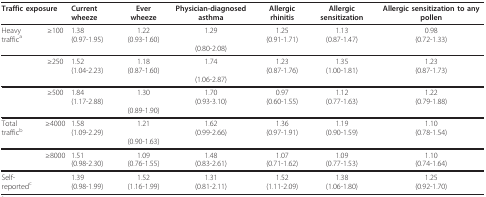
<table><thead><tr><td colspan="2"><b>Traffic exposure</b></td><td><b>Current wheeze</b></td><td><b>Ever wheeze</b></td><td><b>Physician-diagnosed asthma</b></td><td><b>Allergic rhinitis</b></td><td><b>Allergic sensitization</b></td><td><b>Allergic sensitization to any pollen</b></td></tr></thead><tbody><tr><td>Heavy traffic<sup>a</sup></td><td>≥100</td><td>1.38 (0.97-1.95)</td><td>1.22 (0.93-1.60)</td><td>1.29 (0.80-2.08)</td><td>1.25 (0.91-1.71)</td><td>1.13 (0.87-1.47)</td><td>0.98 (0.72-1.33)</td></tr><tr><td>[EMPTY_CELL]</td><td>≥250</td><td>1.52 (1.04-2.23)</td><td>1.18 (0.87-1.60)</td><td>1.74 (1.06-2.87)</td><td>1.23 (0.87-1.76)</td><td>1.35 (1.00-1.81)</td><td>1.23 (0.87-1.73)</td></tr><tr><td>[EMPTY_CELL]</td><td>≥500</td><td>1.84 (1.17-2.88)</td><td>1.30 (0.89-1.90)</td><td>1.70 (0.93-3.10)</td><td>0.97 (0.60-1.55)</td><td>1.12 (0.77-1.63)</td><td>1.22 (0.79-1.88)</td></tr><tr><td>Total traffic<sup>b</sup></td><td>≥4000</td><td>1.58 (1.09-2.29)</td><td>1.21 (0.90-1.63)</td><td>1.62 (0.99-2.66)</td><td>1.36 (0.97-1.91)</td><td>1.19 (0.90-1.59)</td><td>1.10 (0.78-1.54)</td></tr><tr><td>[EMPTY_CELL]</td><td>≥8000</td><td>1.51 (0.98-2.30)</td><td>1.09 (0.76-1.55)</td><td>1.48 (0.83-2.61)</td><td>1.07 (0.71-1.62)</td><td>1.09 (0.77-1.53)</td><td>1.10 (0.74-1.64)</td></tr><tr><td>Self-reported<sup>c</sup></td><td>[EMPTY_CELL]</td><td>1.39 (0.98-1.99)</td><td>1.52 (1.16-1.99)</td><td>1.31 (0.81-2.11)</td><td>1.52 (1.11-2.09)</td><td>1.38 (1.06-1.80)</td><td>1.25 (0.92-1.70)</td></tr></tbody></table>